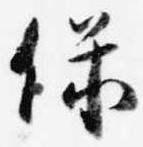
保